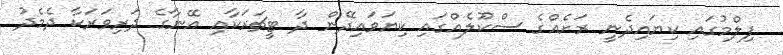
ފިލްމުގައި ކިޔައިދެނީ ރަށެއްގެ ސްކޫލެއްގައި ކިޔަވައިދޭން ދާ ޓީޗަރަކާއި އޭނާގެ ދަރިވަރަކާ ދެމެދު